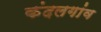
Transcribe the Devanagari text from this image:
कंदलगांव